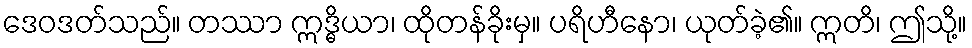
ဒေဝဒတ်သည်။ တဿာ ဣဒ္ဓိယာ၊ ထိုတန်ခိုးမှ။ ပရိဟီနော၊ ယုတ်ခဲ့၏။ ဣတိ၊ ဤသို့။